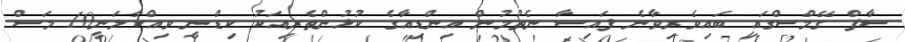
ސާފް ގޭމްސްގައި ބައިވެރިވާނެ ފައިސާ ނެތުމުން އިންޑިއާގެ ކުޅުންތެރިއަކު ކިޑްނީ ވިއްކާލަނީ10 މަސް